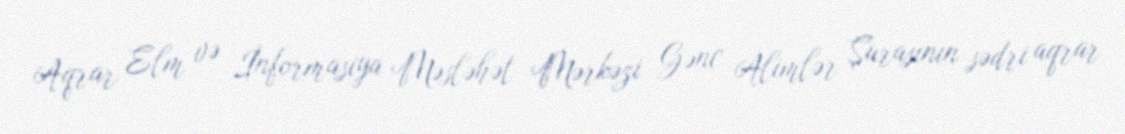
Aqrar Elm və İnformasiya Məsləhət Mərkəzi Gənc Alimlər Şurasının sədri aqrar